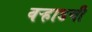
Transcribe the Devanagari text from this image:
वऱ्हाडची